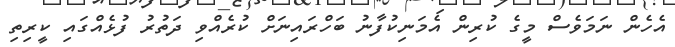
އެހެން ނަމަވެސް މީގެ ކުރިން އެމަނިކުފާނު ބަހްރައިނަށް ކުރެއްވި ދަތުރު ފުޅެއްގައި ކީރިތި